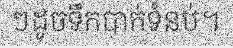
ៗដូចទឹកបាក់ទំនប់។